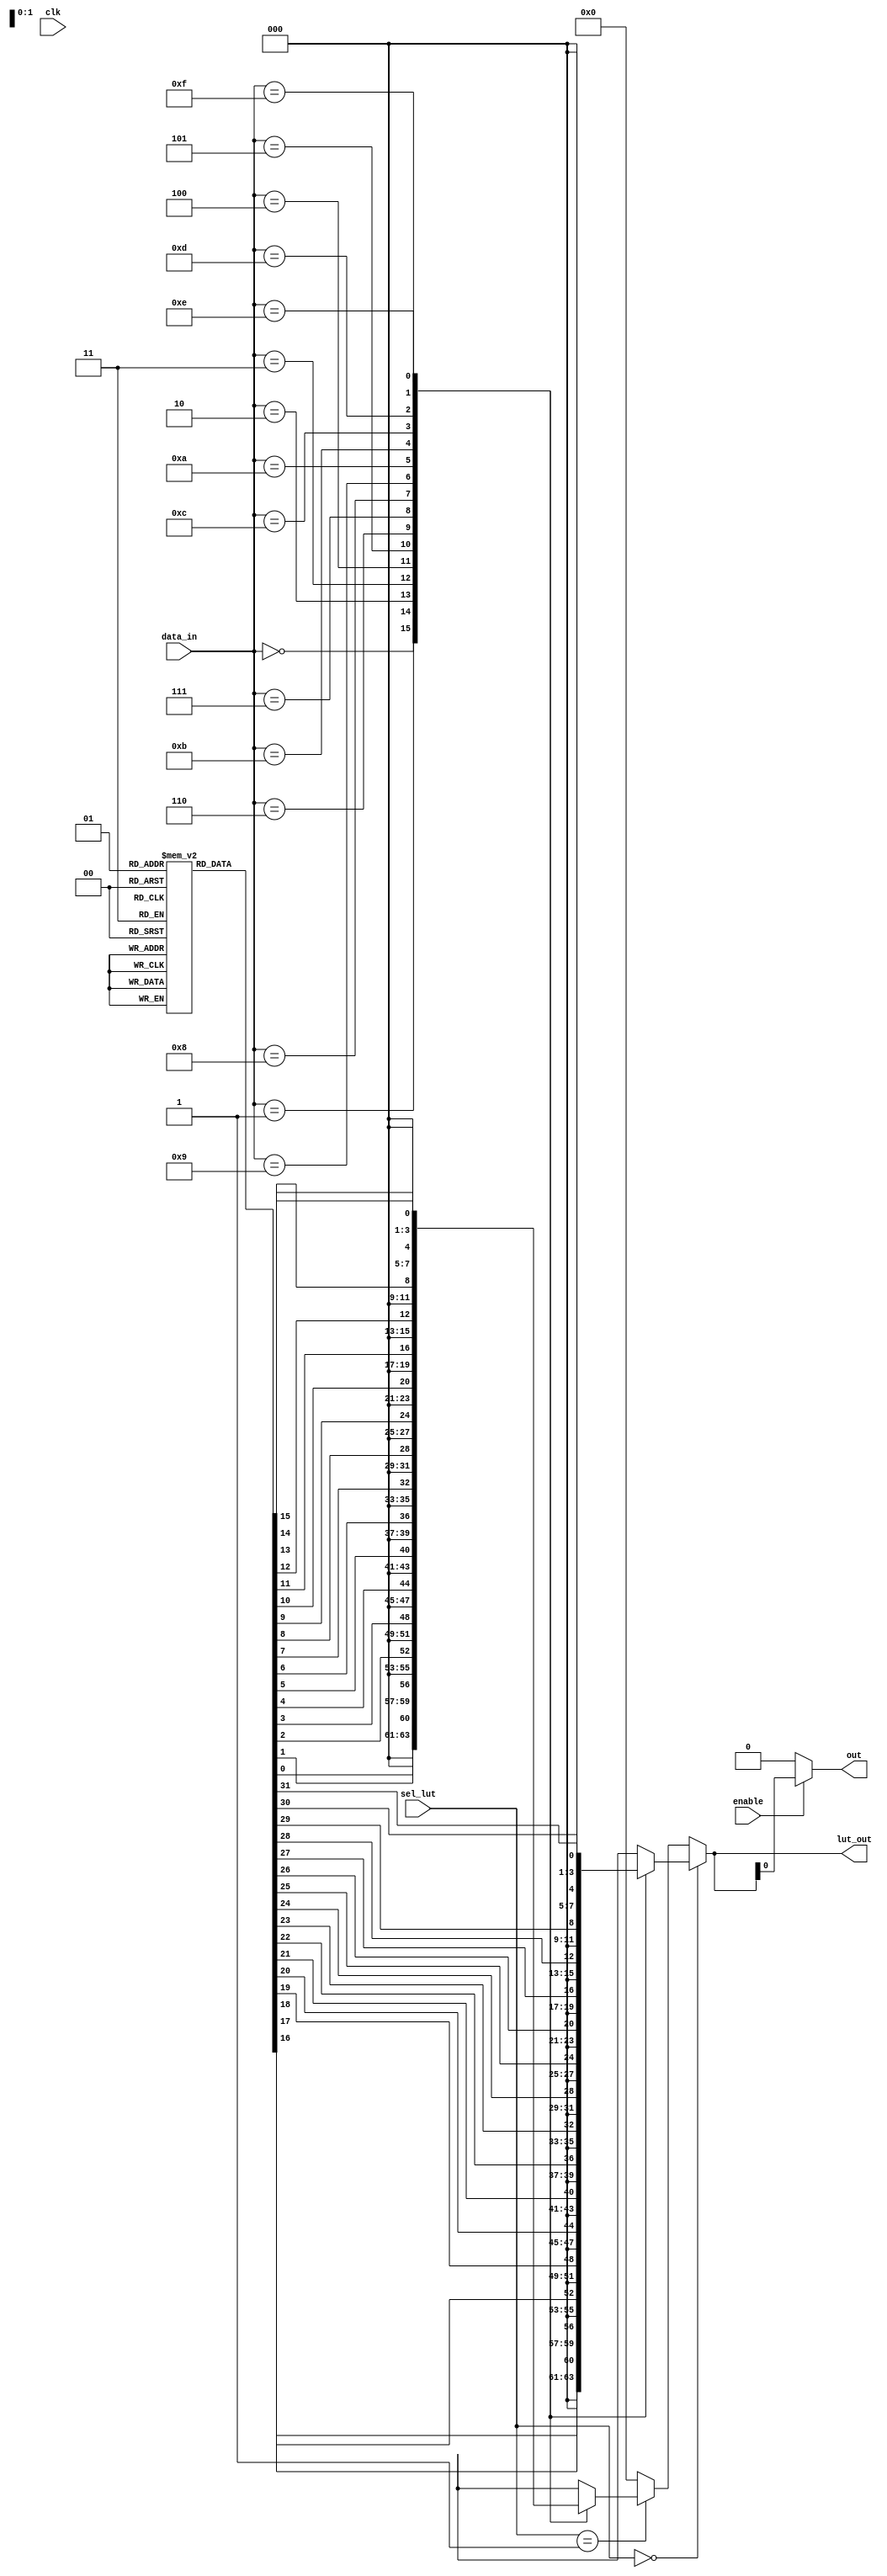
module CLB (
    input wire [3:0] data_in,          // Input signals for LUT
    input wire [1:0] sel_lut,          // Select lines for multiplexer to choose from LUT outputs
    input wire enable,                  // Control signal to enable output
    input wire clk,                     // Clock signal for synchronous operations
    output wire [3:0] lut_out,          // Outputs from LUTs
    output wire out                     // Final output signal
);

// Configuration memory for LUTs (2 LUTs in this example)
reg [15:0] lut_config [1:0];          // 16 entries for 4-input LUT
reg [3:0] lut_result [1:0];           // LUT results

// LUTs Implementation
always @(*) begin
    // LUT 0
    case (data_in)
        4'b0000: lut_result[0] = lut_config[0][0];   // Example: LUT configuration
        4'b0001: lut_result[0] = lut_config[0][1];
        4'b0010: lut_result[0] = lut_config[0][2];
        4'b0011: lut_result[0] = lut_config[0][3];
        4'b0100: lut_result[0] = lut_config[0][4];
        4'b0101: lut_result[0] = lut_config[0][5];
        4'b0110: lut_result[0] = lut_config[0][6];
        4'b0111: lut_result[0] = lut_config[0][7];
        4'b1000: lut_result[0] = lut_config[0][8];
        4'b1001: lut_result[0] = lut_config[0][9];
        4'b1010: lut_result[0] = lut_config[0][10];
        4'b1011: lut_result[0] = lut_config[0][11];
        4'b1100: lut_result[0] = lut_config[0][12];
        4'b1101: lut_result[0] = lut_config[0][13];
        4'b1110: lut_result[0] = lut_config[0][14];
        4'b1111: lut_result[0] = lut_config[0][15];
        default: lut_result[0] = 0;
    endcase
    
    // LUT 1
    case (data_in)
        4'b0000: lut_result[1] = lut_config[1][0];   // Example: LUT configuration
        4'b0001: lut_result[1] = lut_config[1][1];
        4'b0010: lut_result[1] = lut_config[1][2];
        4'b0011: lut_result[1] = lut_config[1][3];
        4'b0100: lut_result[1] = lut_config[1][4];
        4'b0101: lut_result[1] = lut_config[1][5];
        4'b0110: lut_result[1] = lut_config[1][6];
        4'b0111: lut_result[1] = lut_config[1][7];
        4'b1000: lut_result[1] = lut_config[1][8];
        4'b1001: lut_result[1] = lut_config[1][9];
        4'b1010: lut_result[1] = lut_config[1][10];
        4'b1011: lut_result[1] = lut_config[1][11];
        4'b1100: lut_result[1] = lut_config[1][12];
        4'b1101: lut_result[1] = lut_config[1][13];
        4'b1110: lut_result[1] = lut_config[1][14];
        4'b1111: lut_result[1] = lut_config[1][15];
        default: lut_result[1] = 0;
    endcase
end

// Multiplexer to select between LUT outputs
assign lut_out = (sel_lut == 2'b00) ? lut_result[0] :
                 (sel_lut == 2'b01) ? lut_result[1] :
                 4'b0000;  // Default output if none selected

// Final output control
assign out = enable ? lut_out : 4'b0000; // Enable output based on control signal

// Configuration memory initialization (for simulation purposes)
initial begin
    // Example configurations for LUTs
    lut_config[0] = 16'b1010101010101010; // Sample truth table for LUT 0
    lut_config[1] = 16'b0101010101010101; // Sample truth table for LUT 1
end

endmodule